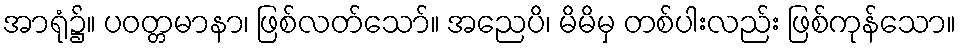
အာရုံ၌။ ပဝတ္တမာနာ၊ ဖြစ်လတ်သော်။ အညေပိ၊ မိမိမှ တစ်ပါးလည်း ဖြစ်ကုန်သော။